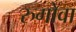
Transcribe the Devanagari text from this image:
रुगोवा